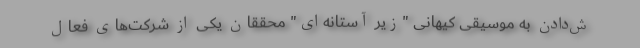
ش‌دادن به موسیقی کیهانی "زیر آستانه‌ای" محققان یکی از شرکت‌های فعال